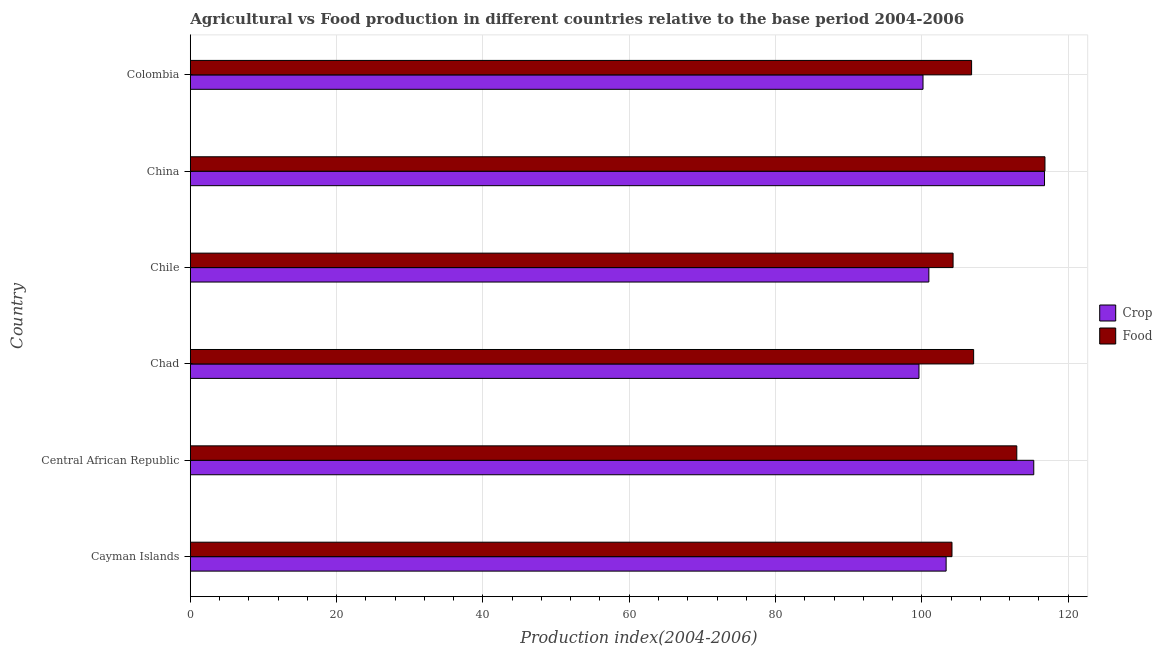
| Country | Crop | Food |
 | --- | --- | --- |
 | Cayman Islands | 103 | 104 |
 | Central African Republic | 115 | 113 |
 | Chad | 99.6 | 107 |
 | Chile | 101 | 104 |
 | China | 117 | 117 |
 | Colombia | 100 | 107 |